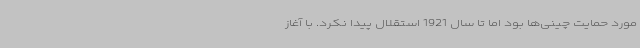
مورد حمایت چینی‌ها بود اما تا سال 1921 استقلال پیدا نکرد. با آغاز